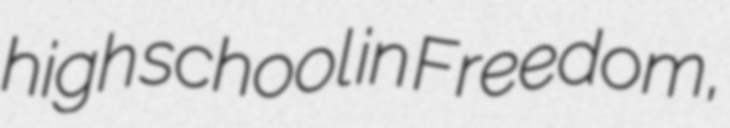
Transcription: high school in Freedom,